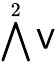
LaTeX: \bigwedge^{2}\mathsf{V}